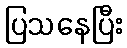
ပြသနေပြီး